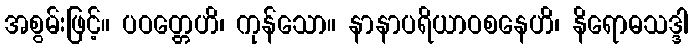
အစွမ်းဖြင့်။ ပဝတ္တေဟိ၊ ကုန်သော။ နာနာပရိယာဝစနေဟိ၊ နိရောဓသဒ္ဒါ